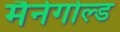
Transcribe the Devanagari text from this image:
मैनेगोल्ड